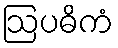
ဩပဓိကံ